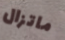
ماتزال